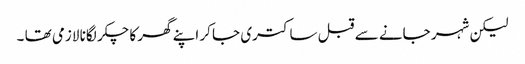
لیکن شہر جانے سے قبل ساکتری جا کر اپنے گھر کا چکر لگانا لازمی تھا ۔